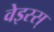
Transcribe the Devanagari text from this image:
वेइस्स्